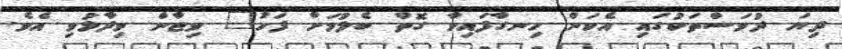
ދިޔަ ދުވަސްތަކުގައި އެކަން ހިނގާފައިވާ ގޮތް ބެލުމަށް ފަހު" ވިޖާން ވިދާޅުވި އެވެ.